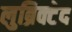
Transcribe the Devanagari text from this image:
लुब्रिक्टेद